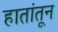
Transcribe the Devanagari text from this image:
हातांतून